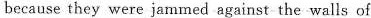
because they were jammed against the walls of